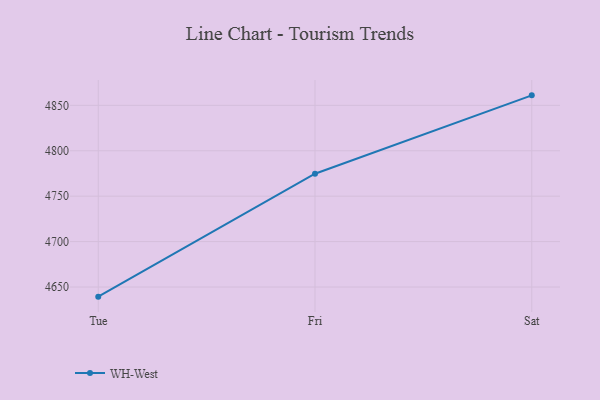
{"axis": {"x": "Day", "y": "Demand Index"}, "legend": ["WH-West"], "data": [{"x": "Tue", "y": 4639.4, "type": "WH-West"}, {"x": "Fri", "y": 4774.7, "type": "WH-West"}, {"x": "Sat", "y": 4861.0, "type": "WH-West"}]}